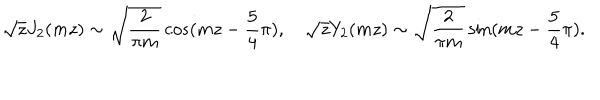
\sqrt { z } J _ { 2 } ( m z ) \sim \sqrt { { \frac { 2 } { \pi m } } } \cos ( m z - { \frac { 5 } { 4 } } \pi ) , ~ \sqrt { z } Y _ { 2 } ( m z ) \sim \sqrt { { \frac { 2 } { \pi m } } } \sin ( m z - { \frac { 5 } { 4 } } \pi ) .